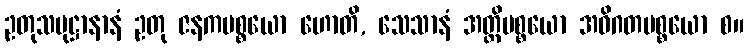
ဥတုသမုဋ္ဌာနာနံ ဥတု ဇနကပစ္စယော ဟောတိ, သေသာနံ အတ္ထိပစ္စယော အဝိဂတပစ္စယော စ။